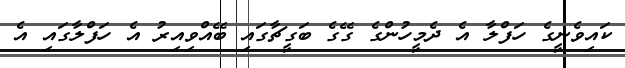
ކައިވެނީގެ ހަފްލާ އެ ދެމީހުންގެ ގޭގެ ބަގީޗާގައި ބޭއްވިއިރު އެ ހަފްލާގައި އެ